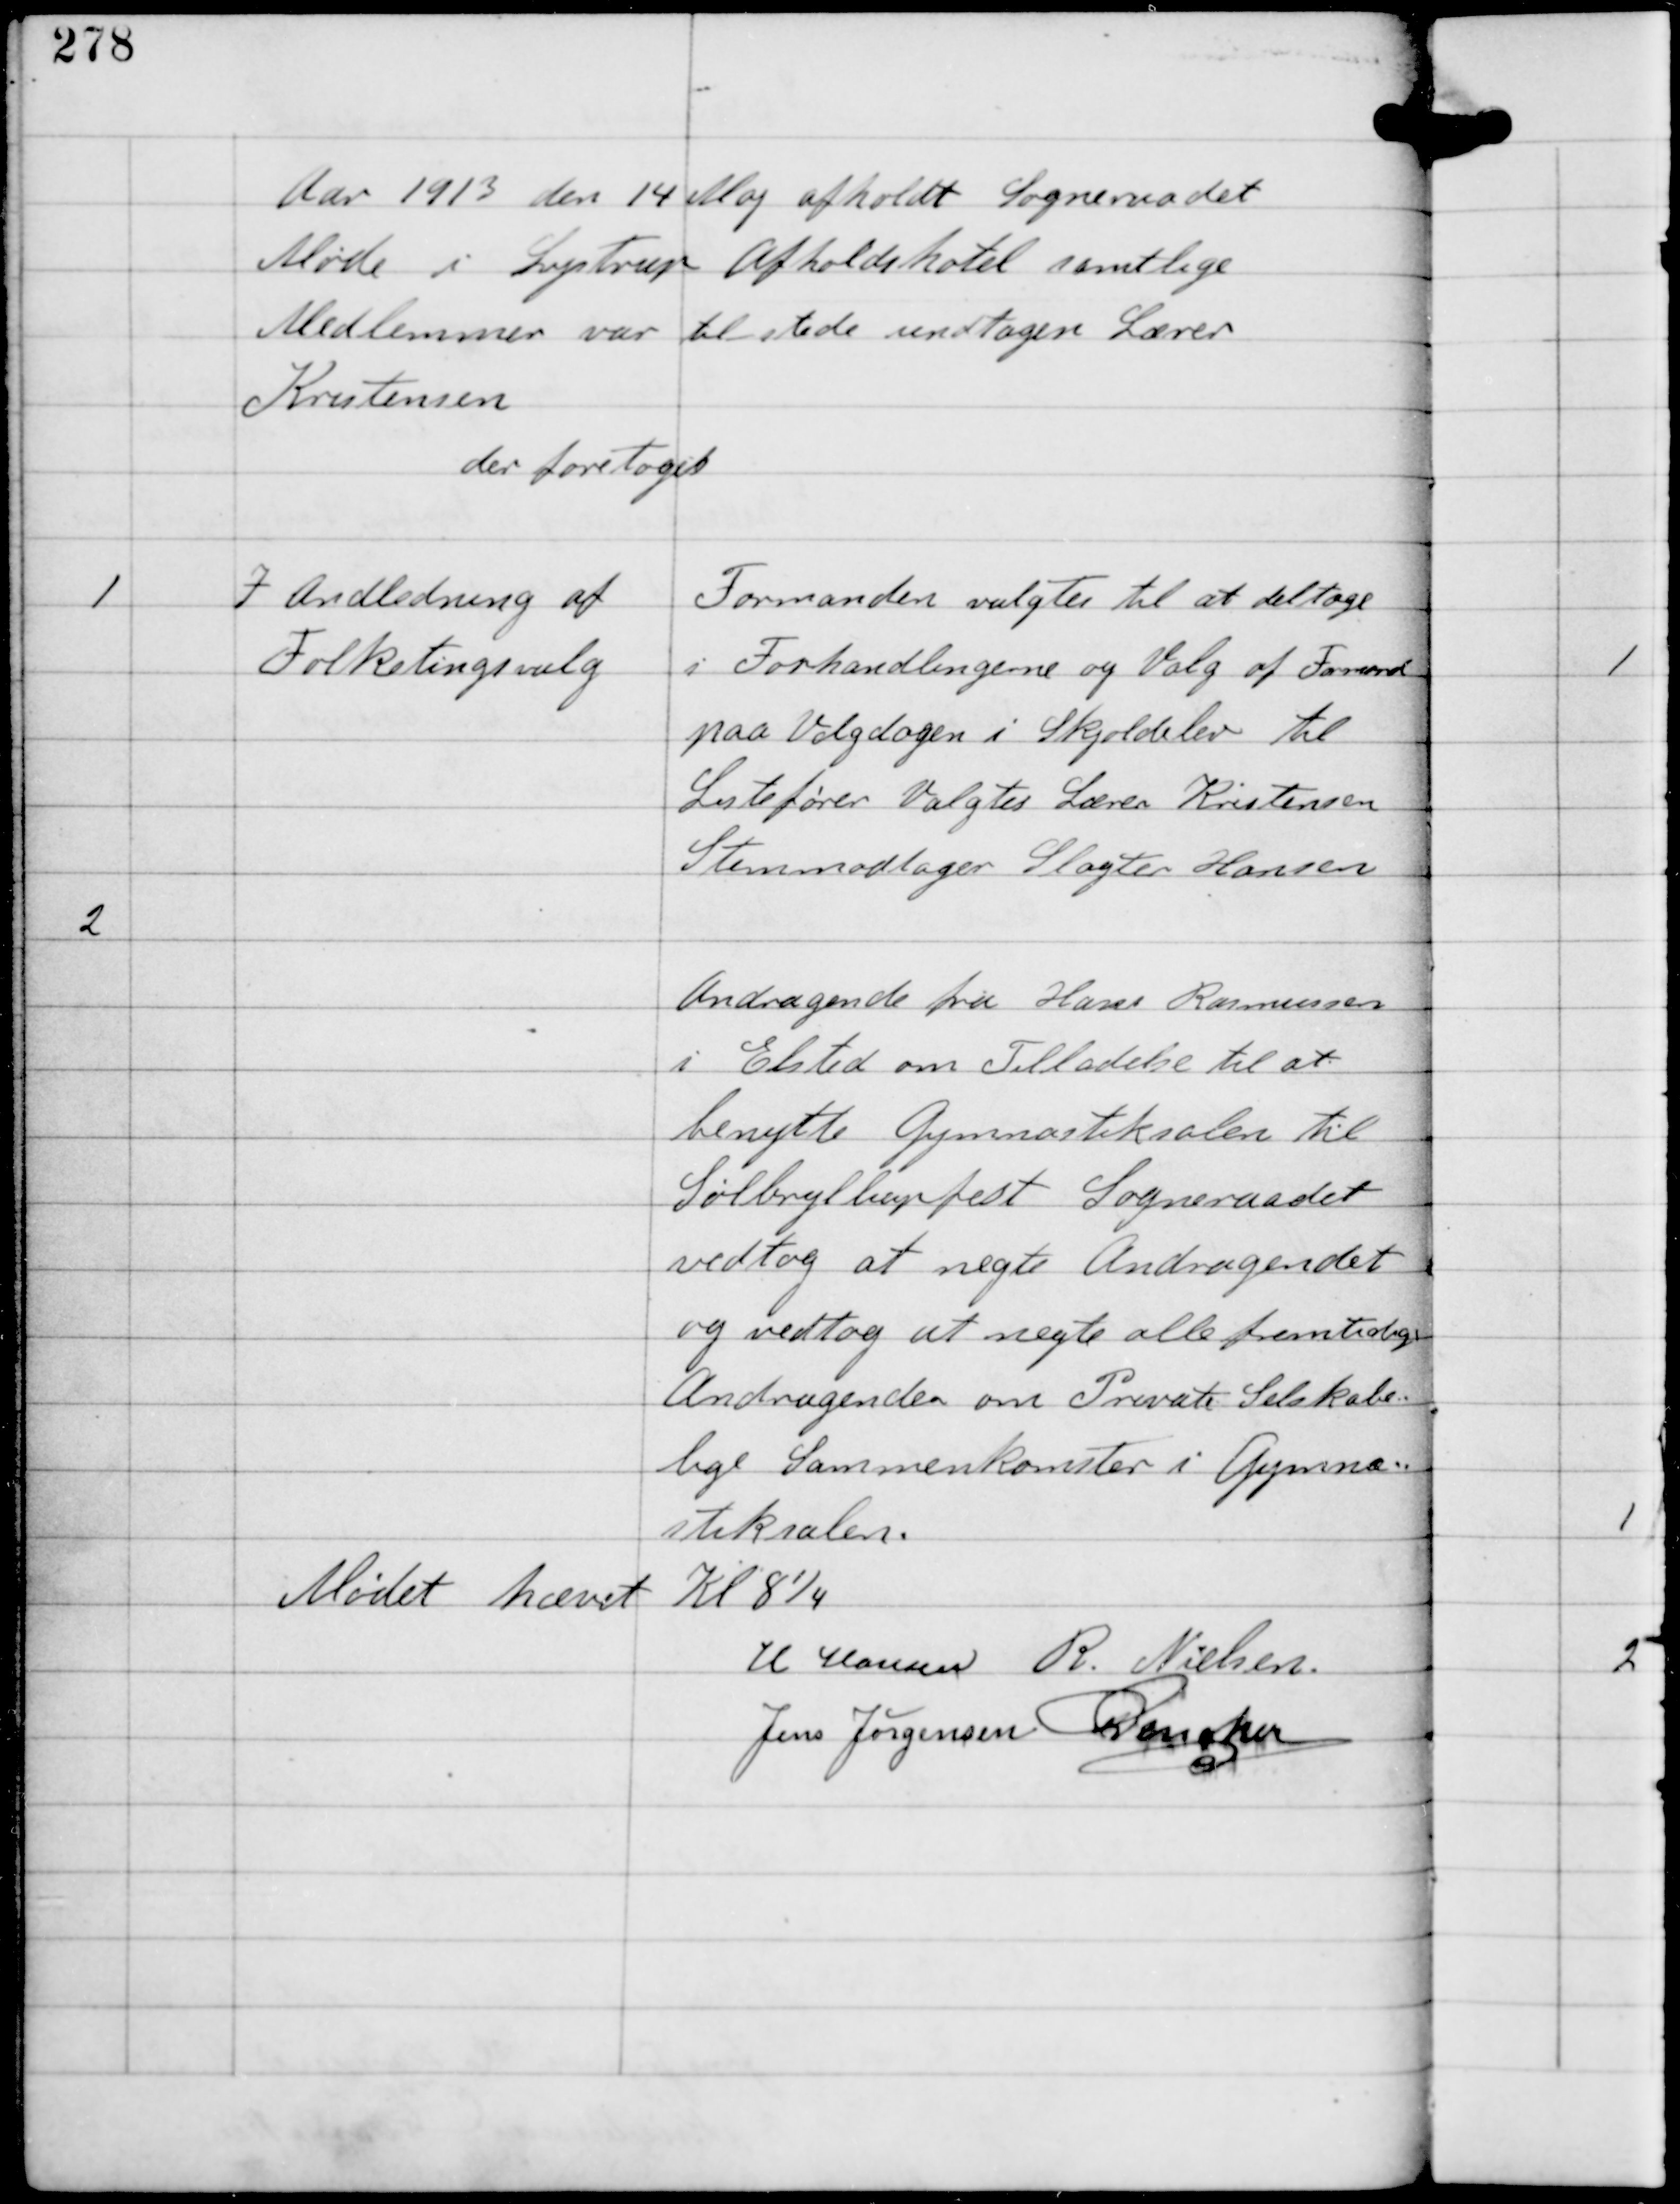
Transskription:
Aar 1913 den 14 Maj afholdt Sogneraadet
Møde i Lystrup Afholdshotel samtlige
Medlemmer var tilstede undtagen Lærer
Kristensen
der foretoges

1

I Anledning af
Folketingsvalg

Formanden valgtes til at deltage
i Forhandlingerne og Valg af Formænd
paa Valgdagen i Skjoldelev til
Listefører Valgtes Lærer Kristensen
Stemmodtager Slagter Hansen

2

Andragende fra Hans Rasmussen
i Elsted om Tilladelse til at
benytte Gymnastiksalen til
Sølvbryllupfest Sogneraadet
vedtog at nægte Andragendet
og vedtog at nægte alle fremtidige
Andragender om Private Selskabe-
lige Sammenkomster i Gymna-
stiksalen.

Mødet hævet Kl 8¼
H Hansen R.Nielsen
Jens Jørgensen C Dencker